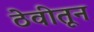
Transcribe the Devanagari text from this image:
ठेवीतून